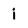
Character: i